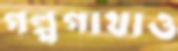
গল্পগাথাও